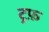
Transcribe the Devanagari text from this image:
ट्रफ़